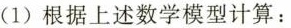
(1)根据上述数学模型计算：